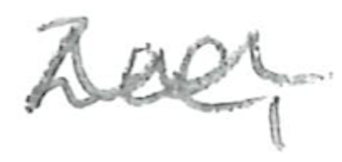
Text: Zee,
Cross-out: wave
Writing tool: pencil